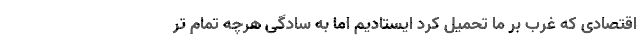
اقتصادی که غرب بر ما تحمیل کرد ایستادیم اما به سادگی هرچه تمام تر